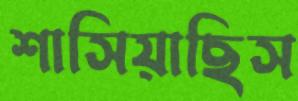
শাসিয়াছিস